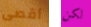
أقصى لكن